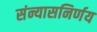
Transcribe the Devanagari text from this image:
संन्यासनिर्णय